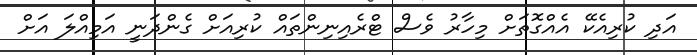
އަދި ކުރިއެކޭ އެއްގޮތަށް މިހާރު ވެސް ޓްރެއިނިންތައް ކުރިއަށް ގެންދަނީ އަމިއްލަ އަށް